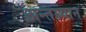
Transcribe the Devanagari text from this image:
अन्तघ्र्यान